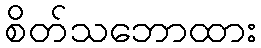
စိတ်သဘောထား